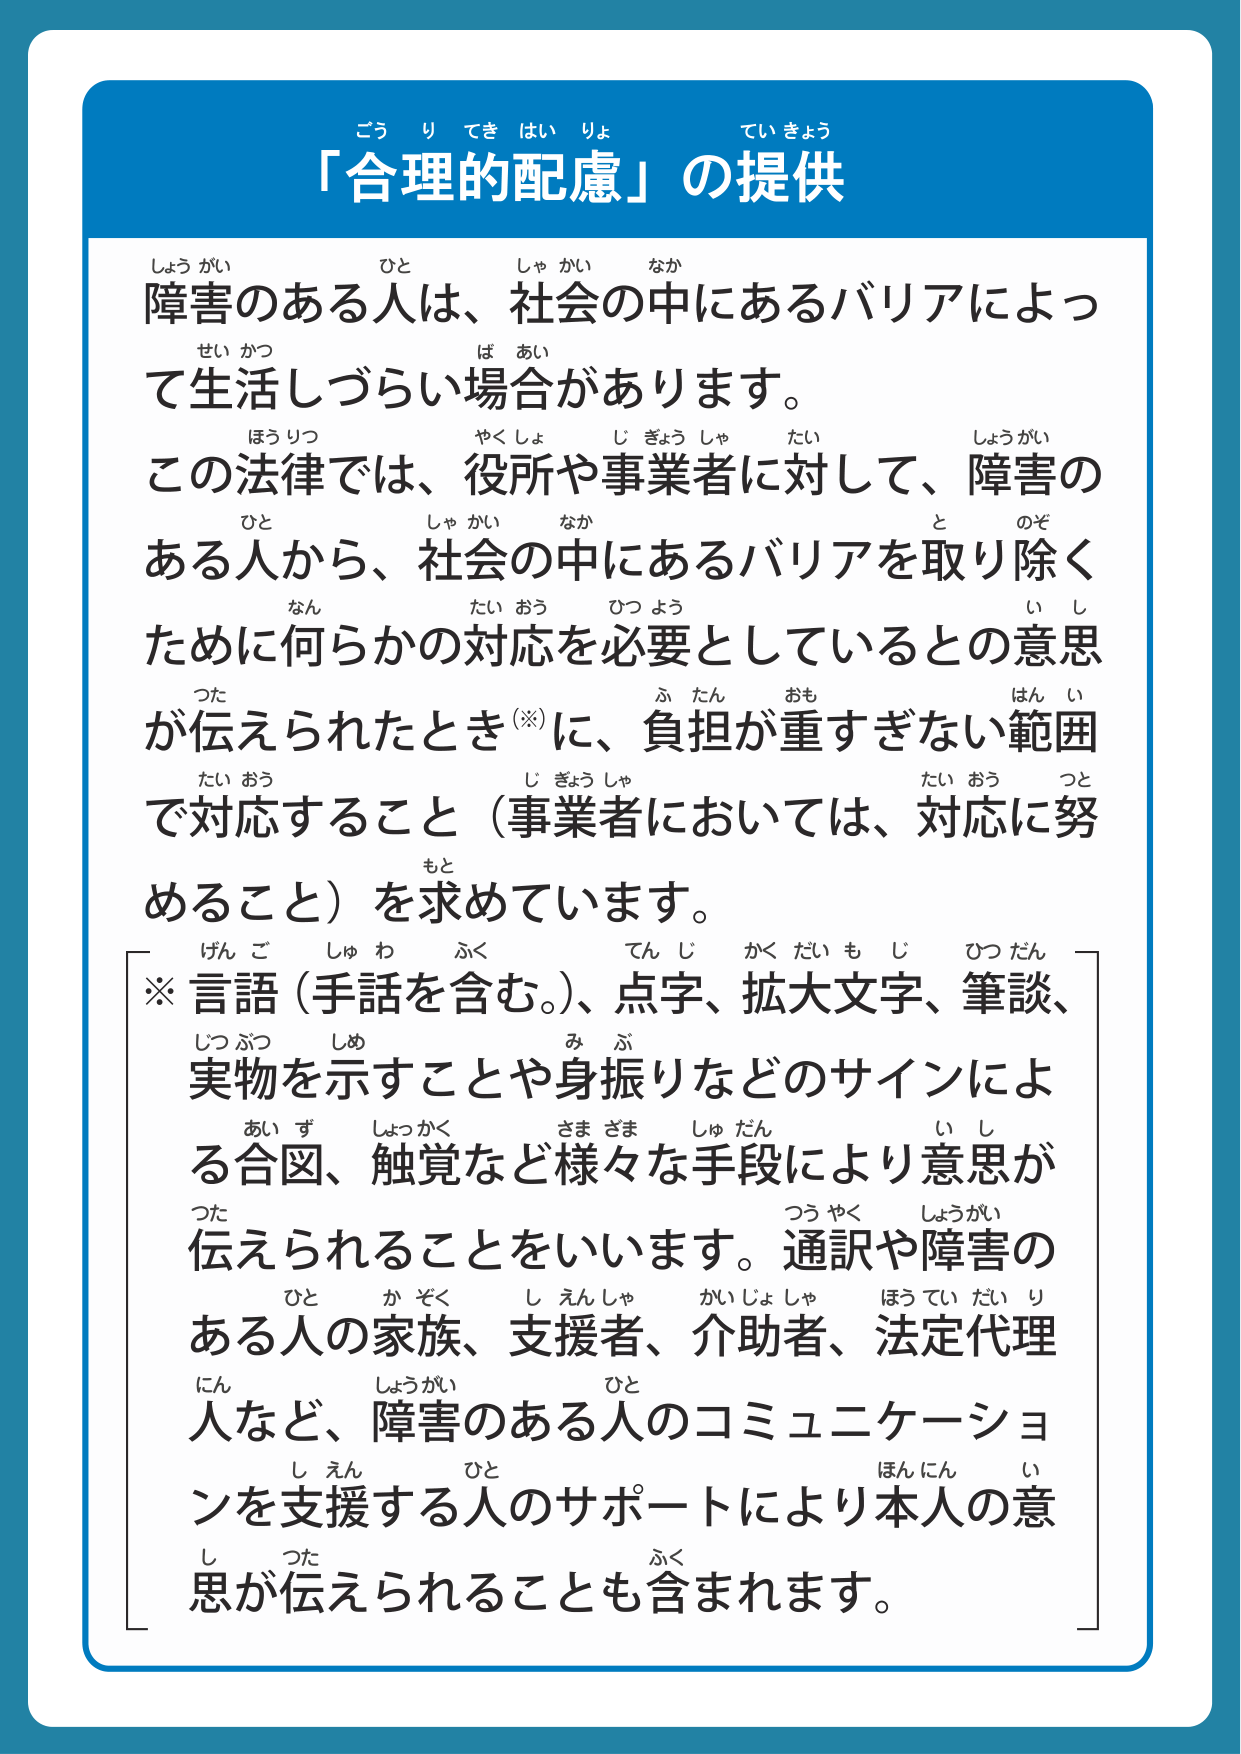
「合理的配慮」の提供

障害のある人は、社会の中にあるバリアによって生活しづらい場合があります。
この法律では、役所や事業者に対して、障害のある人から、社会の中にあるバリアを取り除くために何らかの対応を必要としているとの意思が伝えられたとき（※）に、負担が重すぎない範囲で対応すること（事業者においては、対応に努めること）を求めています。

※言語（手話を含む。）、点字、拡大文字、筆談、実物を示すことや身振りなどのサインによる合図、触覚など様々な手段により意思が伝えられることをいいます。通訳や障害のある人の家族、支援者、介助者、法定代理人など、障害のある人のコミュニケーションを支援する人のサポートにより本人の意思が伝えられることも含まれます。